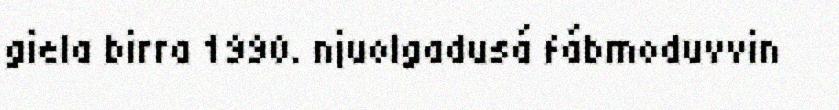
giela birra 1990. njuolgadusá fábmoduvvin